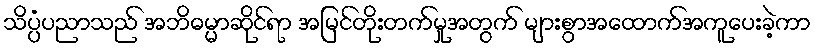
သိပ္ပံပညာသည် အဘိဓမ္မာဆိုင်ရာ အမြင်တိုးတက်မှုအတွက် များစွာအထောက်အကူပေးခဲ့ကာ